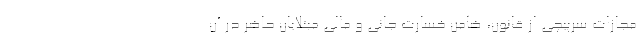
مجازات سرپیچی از قانون، ضامن خسارت جانی و مالی مبتلایان حاضر در آن